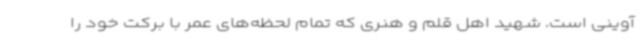
آوینی است. شهید اهل قلم و هنری که تمام لحظه‌های عمر با برکت خود را